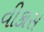
વીકાસ